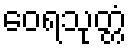
ဝေရသုတ္တံ